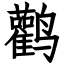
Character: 鹳